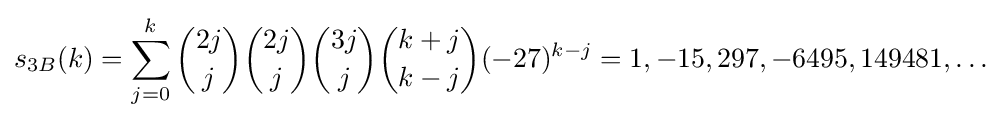
s_{3B}(k)=\sum _{j=0}^{k}{\binom {2j}{j}}{\binom {2j}{j}}{\binom {3j}{j}}{\binom {k+j}{k-j}}(-27)^{k-j}=1,-15,297,-6495,149481,\ldots